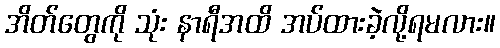
အိတ်တွေကို သုံး နာရီအထိ အပ်ထားခဲ့လို့ရမလား။